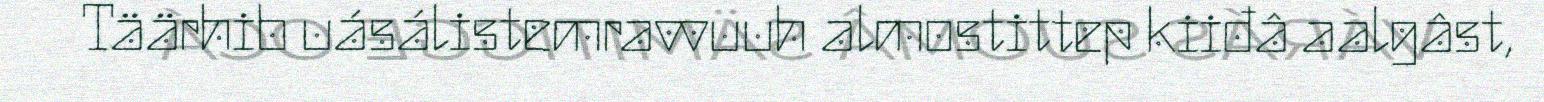
Täärhib uásálistemravvuuh almostittep kiiđâ aalgâst,